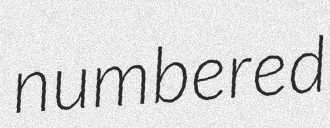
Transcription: numbered